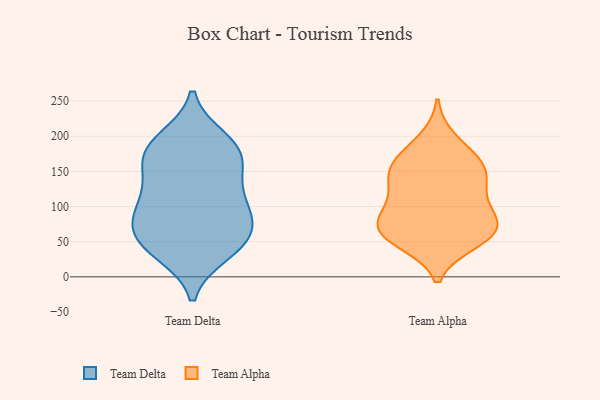
{"axis": {"x": "Humidity (%)", "y": "Value"}, "legend": ["Team Alpha", "Team Delta"], "data": [{"x": "", "y": 91, "type": "Team Delta"}, {"x": "", "y": 109, "type": "Team Delta"}, {"x": "", "y": 51, "type": "Team Delta"}, {"x": "", "y": 185, "type": "Team Delta"}, {"x": "", "y": 58, "type": "Team Delta"}, {"x": "", "y": 126, "type": "Team Delta"}, {"x": "", "y": 58, "type": "Team Delta"}, {"x": "", "y": 170, "type": "Team Delta"}, {"x": "", "y": 183, "type": "Team Delta"}, {"x": "", "y": 39, "type": "Team Delta"}, {"x": "", "y": 35, "type": "Team Delta"}, {"x": "", "y": 89, "type": "Team Delta"}, {"x": "", "y": 169, "type": "Team Delta"}, {"x": "", "y": 195, "type": "Team Delta"}, {"x": "", "y": 144, "type": "Team Delta"}, {"x": "", "y": 86, "type": "Team Delta"}, {"x": "", "y": 169, "type": "Team Alpha"}, {"x": "", "y": 195, "type": "Team Alpha"}, {"x": "", "y": 146, "type": "Team Alpha"}, {"x": "", "y": 78, "type": "Team Alpha"}, {"x": "", "y": 91, "type": "Team Alpha"}, {"x": "", "y": 73, "type": "Team Alpha"}, {"x": "", "y": 54, "type": "Team Alpha"}, {"x": "", "y": 59, "type": "Team Alpha"}, {"x": "", "y": 158, "type": "Team Alpha"}, {"x": "", "y": 81, "type": "Team Alpha"}, {"x": "", "y": 115, "type": "Team Alpha"}, {"x": "", "y": 63, "type": "Team Alpha"}, {"x": "", "y": 140, "type": "Team Alpha"}, {"x": "", "y": 161, "type": "Team Alpha"}, {"x": "", "y": 50, "type": "Team Alpha"}, {"x": "", "y": 123, "type": "Team Alpha"}]}